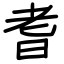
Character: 耆